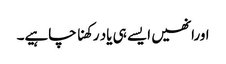
اورانھیں ایسے ہی یاد رکھنا چاہیے۔